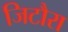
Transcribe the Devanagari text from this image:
जिटौरा